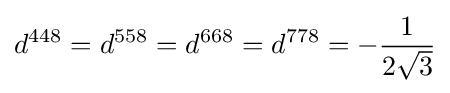
d^{448}=d^{558}=d^{668}=d^{778}=-{\frac {1}{2{\sqrt {3}}}}